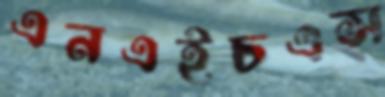
এনএইচএস